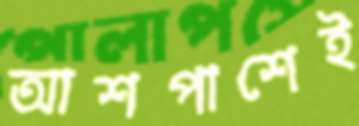
আশপাশেই